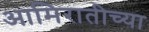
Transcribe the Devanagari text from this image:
आमिरातीच्या